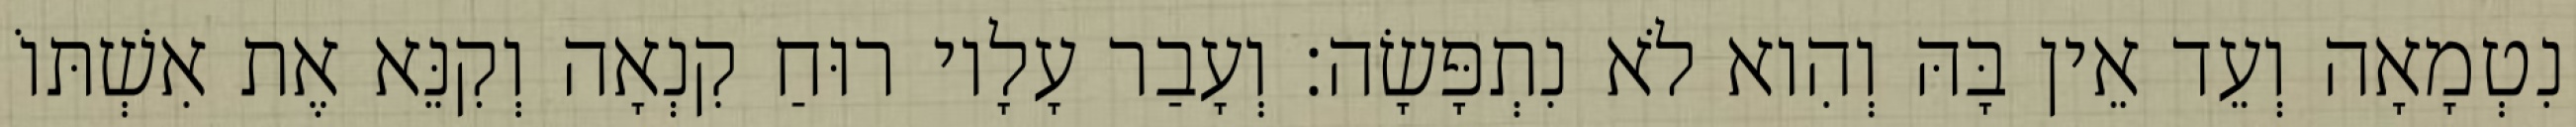
נִטְמָאָה וְעֵד אֵין בָּהּ וְהִוא לֹא נִתְפָּשָׂה׃ וְעָבַר עָלָיו רוּחַ קִנְאָה וְקִנֵּא אֶת אִשְׁתּוֹ